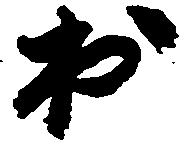
出